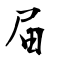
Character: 屇